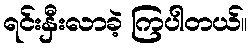
ရင်းနှီးလာခဲ့ ကြပါတယ်။